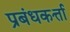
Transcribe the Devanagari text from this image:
प्रबंधकर्त्ता